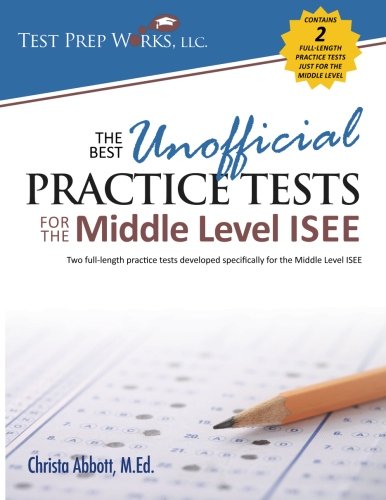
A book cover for The Best Unofficial Practice Tests for the Middle Level ISEE; Christa B Abbott M.Ed.; Test Preparation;